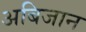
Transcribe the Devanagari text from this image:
अबिजान